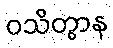
ဝသိတွာန